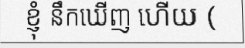
ខ្ញុំ នឹកឃើញ ហើយ (